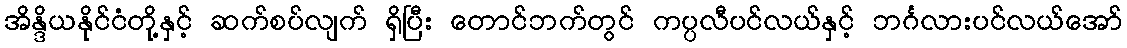
အိန္ဒိယနိုင်ငံတို့နှင့် ဆက်စပ်လျက် ရှိပြီး တောင်ဘက်တွင် ကပ္ပလီပင်လယ်နှင့် ဘင်္ဂလားပင်လယ်အော်